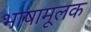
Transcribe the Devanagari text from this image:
भाषामूलक